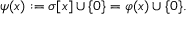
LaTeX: \psi ( x ) : = \sigma [ x ] \cup \{ 0 \} = \varphi ( x ) \cup \{ 0 \} .